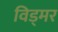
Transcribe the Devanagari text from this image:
विड्मर